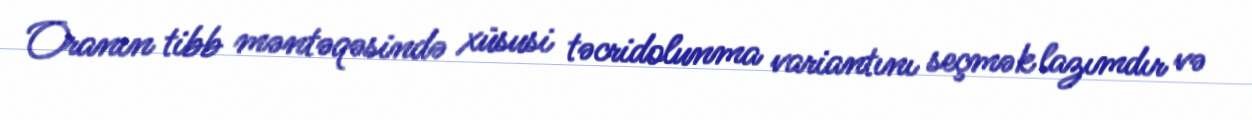
Oranın tibb məntəqəsində xüsusi təcridolunma variantını seçmək lazımdır və